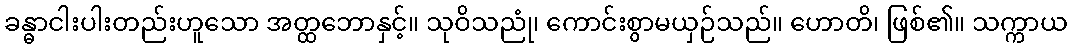
ခန္ဓာငါးပါးတည်းဟူသော အတ္ထဘောနှင့်။ သုဝိသညုံ၊ ကောင်းစွာမယှဉ်သည်။ ဟောတိ၊ ဖြစ်၏။ သက္ကာယ